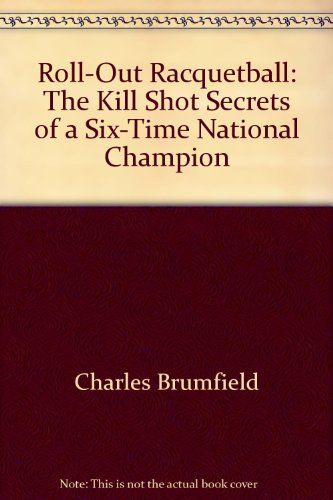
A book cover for Roll-out racquetball; Charles Brumfield; Sports & Outdoors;